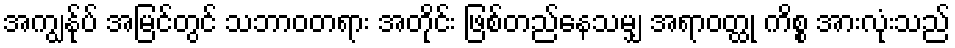
အကျွန်ုပ် အမြင်တွင် သဘာဝတရား အတိုင်း ဖြစ်တည်နေသမျှ အရာဝတ္ထု ကိစ္စ အားလုံးသည်